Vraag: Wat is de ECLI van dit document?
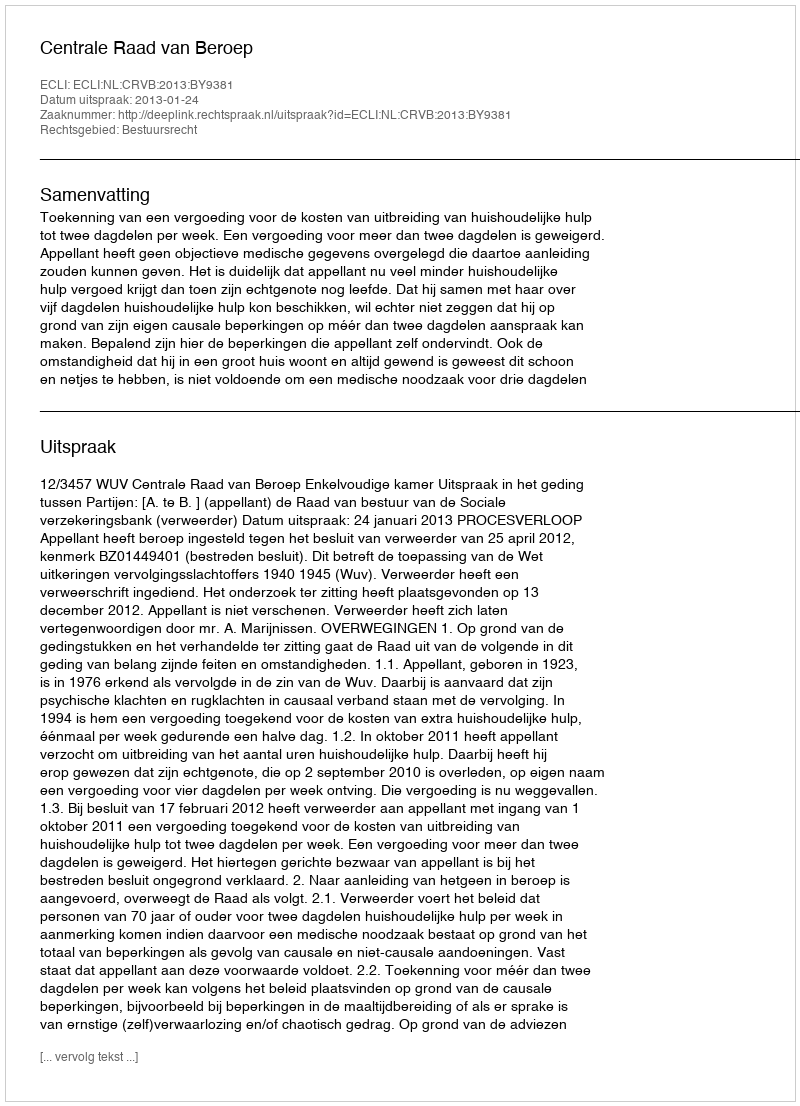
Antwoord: ECLI:NL:CRVB:2013:BY9381